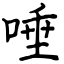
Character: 唾